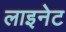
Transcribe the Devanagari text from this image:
लाइनेट